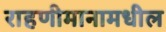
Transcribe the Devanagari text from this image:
राहणीमानामधील